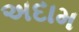
અદામ